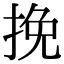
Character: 挽